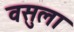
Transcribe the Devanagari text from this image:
वसुला